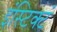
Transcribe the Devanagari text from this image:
इंस्टिक्टं